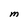
Character: M